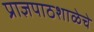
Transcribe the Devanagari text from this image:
प्राज्ञपाठशाळेचे